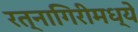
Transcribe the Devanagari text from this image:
रत्नागिरीमध्ये